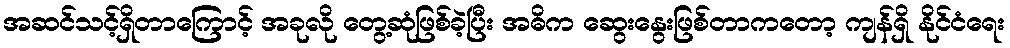
အဆင်သင့်ရှိတာကြောင့် အခုလို တွေ့ဆုံဖြစ်ခဲ့ပြီး အဓိက ဆွေးနွေးဖြစ်တာကတော့ ကျန်ရှိ နိုင်ငံရေး